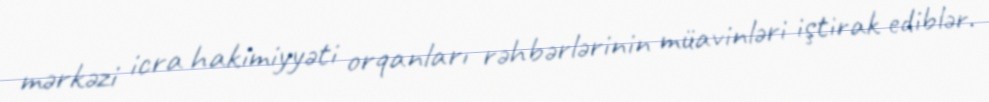
mərkəzi icra hakimiyyəti orqanları rəhbərlərinin müavinləri iştirak ediblər.